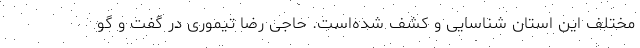
مختلف این استان شناسایی و کشف شده‌است. حاجی رضا تیموری در گفت و گو